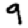
Digit: 9